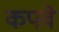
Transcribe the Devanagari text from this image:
कपवे